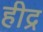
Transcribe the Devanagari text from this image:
हीद्र